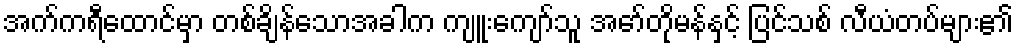
အက်ကရီထောင်မှာ တစ်ချိန်သောအခါက ကျူးကျော်သူ အော်တိုမန်နှင့် ပြင်သစ် လီယံတပ်များ၏